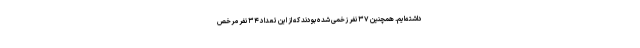
داشته‌ایم. همچنین ۳۷ نفر زخمی شده بودند که از این تعداد ۳۴ نفر مرخص